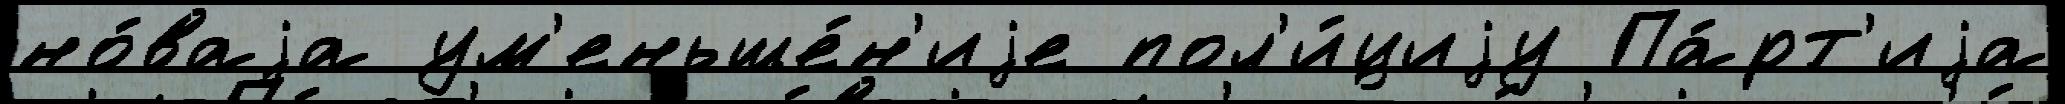
но́ваjа ум'еньше́н'иjе пол'и́циjу Па́рт'иjа